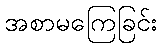
အစာမကြေခြင်း